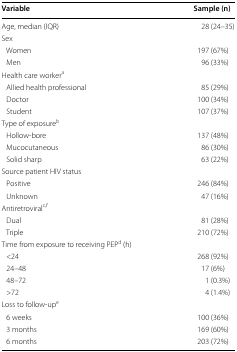
<table><thead><tr><td><b>Variable</b></td><td><b>Sample (n)</b></td></tr></thead><tbody><tr><td>Age, median (IQR)</td><td>28 (24–35)</td></tr><tr><td colspan="2">Sex</td></tr><tr><td> Women</td><td>197 (67%)</td></tr><tr><td> Men</td><td>96 (33%)</td></tr><tr><td colspan="2">Health care worker<sup>a</sup></td></tr><tr><td> Allied health professional</td><td>85 (29%)</td></tr><tr><td> Doctor</td><td>100 (34%)</td></tr><tr><td> Student</td><td>107 (37%)</td></tr><tr><td colspan="2">Type of exposure<sup>b</sup></td></tr><tr><td> Hollow-bore</td><td>137 (48%)</td></tr><tr><td> Mucocutaneous</td><td>86 (30%)</td></tr><tr><td> Solid sharp</td><td>63 (22%)</td></tr><tr><td colspan="2">Source patient HIV status</td></tr><tr><td> Positive</td><td>246 (84%)</td></tr><tr><td> Unknown</td><td>47 (16%)</td></tr><tr><td colspan="2">Antiretroviral<sup>c,f</sup></td></tr><tr><td> Dual</td><td>81 (28%)</td></tr><tr><td> Triple</td><td>210 (72%)</td></tr><tr><td colspan="2">Time from exposure to receiving PEP<sup>d</sup> (h)</td></tr><tr><td> &lt;24</td><td>268 (92%)</td></tr><tr><td> 24–48</td><td>17 (6%)</td></tr><tr><td> 48–72</td><td>1 (0.3%)</td></tr><tr><td> &gt;72</td><td>4 (1.4%)</td></tr><tr><td colspan="2">Loss to follow-up<sup>e</sup></td></tr><tr><td> 6 weeks</td><td>100 (36%)</td></tr><tr><td> 3 months</td><td>169 (60%)</td></tr><tr><td> 6 months</td><td>203 (72%)</td></tr></tbody></table>